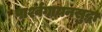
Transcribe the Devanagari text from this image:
पार्श्वगायनसुद्धा